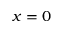
x = 0